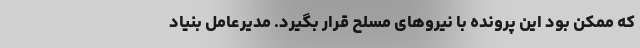
که ممکن بود این پرونده با نیروهای مسلح قرار بگیرد. مديرعامل بنياد